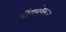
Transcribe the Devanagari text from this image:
डोंगरांवरून